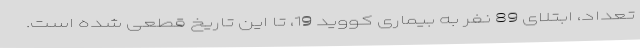
تعداد، ابتلای 89 نفر به بیماری کووید 19، تا این تاریخ قطعی شده است.